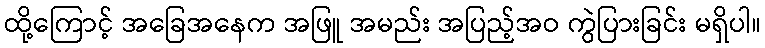
ထို့ကြောင့် အခြေအနေက အဖြူ အမည်း အပြည့်အဝ ကွဲပြားခြင်း မရှိပါ။